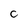
Character: C